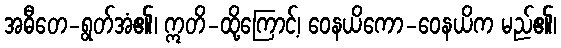
အဓီတေ-ရွတ်အံ၏၊ ဣတိ-ထို့ကြောင့်၊ ဝေနယိကော-ဝေနယိက မည်၏၊